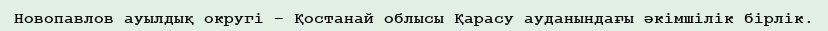
Новопавлов ауылдық округі – Қостанай облысы Қарасу ауданындағы әкімшілік бірлік.